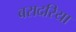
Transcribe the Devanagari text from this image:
बरादरिया